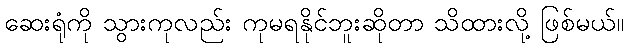
ဆေးရုံကို သွားကုလည်း ကုမရနိုင်ဘူးဆိုတာ သိထားလို့ ဖြစ်မယ်။